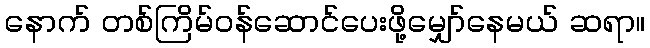
နောက် တစ်ကြိမ်ဝန်ဆောင်ပေးဖို့မျှော်နေမယ် ဆရာ။